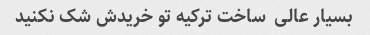
بسیار عالی  ساخت ترکیه تو خریدش شک نکنید